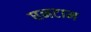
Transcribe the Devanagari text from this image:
घनटाम